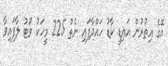
އޭގެ އިތުރުން އައިޑީ ކާޑު ހައްދާފައި ނެތް 225 މީހަކު ވޯޓު ލާފައިވާ